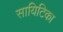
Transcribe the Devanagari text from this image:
सायिटिका